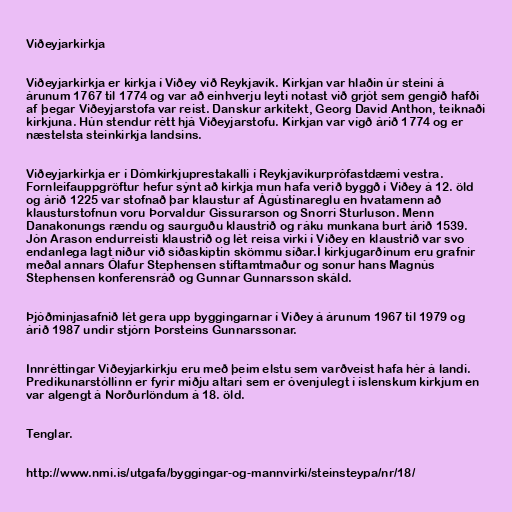
Viðeyjarkirkja

Viðeyjarkirkja er kirkja í Viðey við Reykjavík. Kirkjan var hlaðin úr steini á
árunum 1767 til 1774 og var að einhverju leyti notast við grjót sem gengið hafði
af þegar Viðeyjarstofa var reist. Danskur arkitekt, Georg David Anthon, teiknaði
kirkjuna. Hún stendur rétt hjá Viðeyjarstofu. Kirkjan var vígð árið 1774 og er
næstelsta steinkirkja landsins.

Viðeyjarkirkja er í Dómkirkjuprestakalli í Reykjavíkurprófastdæmi vestra.
Fornleifauppgröftur hefur sýnt að kirkja mun hafa verið byggð í Viðey á 12. öld
og árið 1225 var stofnað þar klaustur af Ágústínareglu en hvatamenn að
klausturstofnun voru Þorvaldur Gissurarson og Snorri Sturluson. Menn
Danakonungs rændu og saurguðu klaustrið og ráku munkana burt árið 1539.
Jón Arason endurreisti klaustrið og lét reisa virki í Viðey en klaustrið var svo
endanlega lagt niður við siðaskiptin skömmu síðar.Í kirkjugarðinum eru grafnir
meðal annars Ólafur Stephensen stiftamtmaður og sonur hans Magnús
Stephensen konferensráð og Gunnar Gunnarsson skáld.

Þjóðminjasafnið lét gera upp byggingarnar í Viðey á árunum 1967 til 1979 og
árið 1987 undir stjórn Þorsteins Gunnarssonar.

Innréttingar Viðeyjarkirkju eru með þeim elstu sem varðveist hafa hér á landi.
Predikunarstóllinn er fyrir miðju altari sem er óvenjulegt í íslenskum kirkjum en
var algengt á Norðurlöndum á 18. öld.

Tenglar.

http://www.nmi.is/utgafa/byggingar-og-mannvirki/steinsteypa/nr/18/